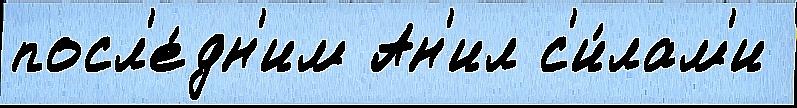
посл'е́дн'им Ан'ил с'и́лам'и